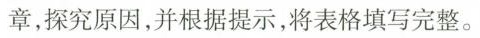
章，探究原因，并根据提示，将表格填写完整。